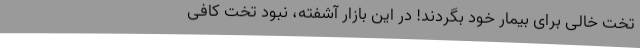
تخت خالی برای بیمار خود بگردند! در این بازار آشفته، نبود تخت کافی